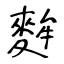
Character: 麰